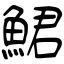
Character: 鮶